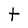
Character: t